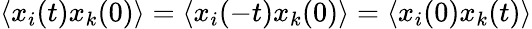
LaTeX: \langle x_{i}(t)x_{k}(0)\rangle=\langle x_{i}(-t)x_{k}(0)\rangle=\langle x_{i}(0)x_{k}(t)\rangle